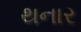
થનાર